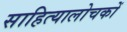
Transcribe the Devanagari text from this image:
साहित्यालोचकों